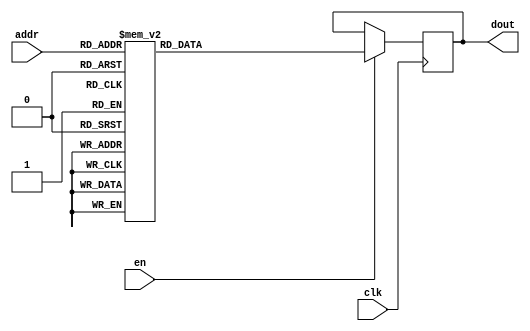
// ROMs Using Block RAM Resources.
//
module rams_sp_rom_1 (clk, en, addr, dout);
input clk;
input en;
input [5:0] addr;
output  [19:0] dout;

(*rom_style = "block" *) reg [19:0] data;

always @(posedge clk) 
begin 
  if (en)
    case(addr)
      6'b000000: data <= 20'h0200A; 6'b100000: data <= 20'h02222;
      6'b000001: data <= 20'h00300; 6'b100001: data <= 20'h04001;
      6'b000010: data <= 20'h08101; 6'b100010: data <= 20'h00342;
      6'b000011: data <= 20'h04000; 6'b100011: data <= 20'h0232B;
      6'b000100: data <= 20'h08601; 6'b100100: data <= 20'h00900;
      6'b000101: data <= 20'h0233A; 6'b100101: data <= 20'h00302;
      6'b000110: data <= 20'h00300; 6'b100110: data <= 20'h00102;
      6'b000111: data <= 20'h08602; 6'b100111: data <= 20'h04002;
      6'b001000: data <= 20'h02310; 6'b101000: data <= 20'h00900;
      6'b001001: data <= 20'h0203B; 6'b101001: data <= 20'h08201;
      6'b001010: data <= 20'h08300; 6'b101010: data <= 20'h02023;
      6'b001011: data <= 20'h04002; 6'b101011: data <= 20'h00303;
      6'b001100: data <= 20'h08201; 6'b101100: data <= 20'h02433;
      6'b001101: data <= 20'h00500; 6'b101101: data <= 20'h00301;
      6'b001110: data <= 20'h04001; 6'b101110: data <= 20'h04004;
      6'b001111: data <= 20'h02500; 6'b101111: data <= 20'h00301;
      6'b010000: data <= 20'h00340; 6'b110000: data <= 20'h00102;
      6'b010001: data <= 20'h00241; 6'b110001: data <= 20'h02137;
      6'b010010: data <= 20'h04002; 6'b110010: data <= 20'h02036;
      6'b010011: data <= 20'h08300; 6'b110011: data <= 20'h00301;
      6'b010100: data <= 20'h08201; 6'b110100: data <= 20'h00102;
      6'b010101: data <= 20'h00500; 6'b110101: data <= 20'h02237;
      6'b010110: data <= 20'h08101; 6'b110110: data <= 20'h04004;
      6'b010111: data <= 20'h00602; 6'b110111: data <= 20'h00304;
      6'b011000: data <= 20'h04003; 6'b111000: data <= 20'h04040;
      6'b011001: data <= 20'h0241E; 6'b111001: data <= 20'h02500;
      6'b011010: data <= 20'h00301; 6'b111010: data <= 20'h02500;
      6'b011011: data <= 20'h00102; 6'b111011: data <= 20'h02500;
      6'b011100: data <= 20'h02122; 6'b111100: data <= 20'h0030D;
      6'b011101: data <= 20'h02021; 6'b111101: data <= 20'h02341;
      6'b011110: data <= 20'h00301; 6'b111110: data <= 20'h08201;
      6'b011111: data <= 20'h00102; 6'b111111: data <= 20'h0400D;
    endcase
end 

assign dout = data;

endmodule